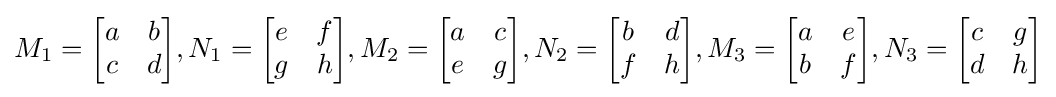
M_{1}={\begin{bmatrix}a&b\\c&d\end{bmatrix}},N_{1}={\begin{bmatrix}e&f\\g&h\end{bmatrix}},M_{2}={\begin{bmatrix}a&c\\e&g\end{bmatrix}},N_{2}={\begin{bmatrix}b&d\\f&h\end{bmatrix}},M_{3}={\begin{bmatrix}a&e\\b&f\end{bmatrix}},N_{3}={\begin{bmatrix}c&g\\d&h\end{bmatrix}}